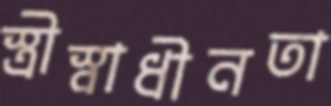
স্ত্রীস্বাধীনতা